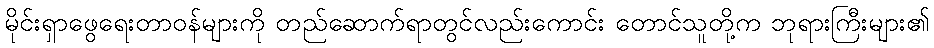
မိုင်းရှာဖွေရေးတာဝန်များကို တည်ဆောက်ရာတွင်လည်းကောင်း တောင်သူတို့က ဘုရားကြီးများ၏